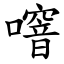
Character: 噾